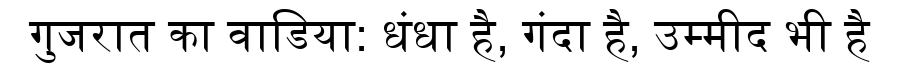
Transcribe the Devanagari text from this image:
गुजरात का वाडिया: धंधा है, गंदा है, उम्मीद भी है